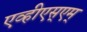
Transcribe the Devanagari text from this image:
एव्हीएस्एम्